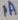
Text: 1A